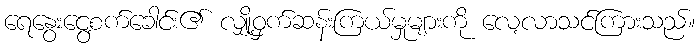
ရေနွေးငွေ့စက်ခေါင်း၏ လျှို့ဝှက်ဆန်းကြယ်မှုများကို လေ့လာသင်ကြားသည်။